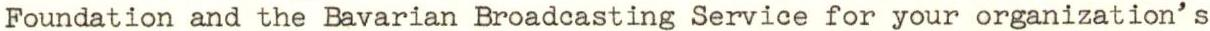
Foundation and the Bavarian Broadcasting Service for your organization's